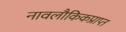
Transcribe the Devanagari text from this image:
नावलौकिकप्राप्त